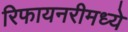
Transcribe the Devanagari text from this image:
रिफायनरीमध्ये